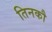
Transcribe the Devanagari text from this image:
तिनकौ